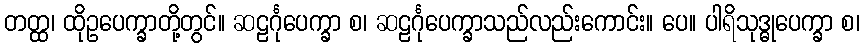
တတ္ထ၊ ထိုဥပေက္ခာတို့တွင်။ ဆဠင်္ဂုပေက္ခာ စ၊ ဆဠင်္ဂုပေက္ခာသည်လည်းကောင်း။ ပေ။ ပါရိသုဒ္ဓုပေက္ခာ စ၊